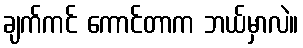
ချက်ကင် ကောင်တာက ဘယ်မှာလဲ။